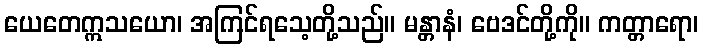
ယေတေဣသယော၊ အကြင်ရသေ့တို့သည်။ မန္တာနံ၊ ဗေဒင်တို့ကို။ ကတ္တာရော၊